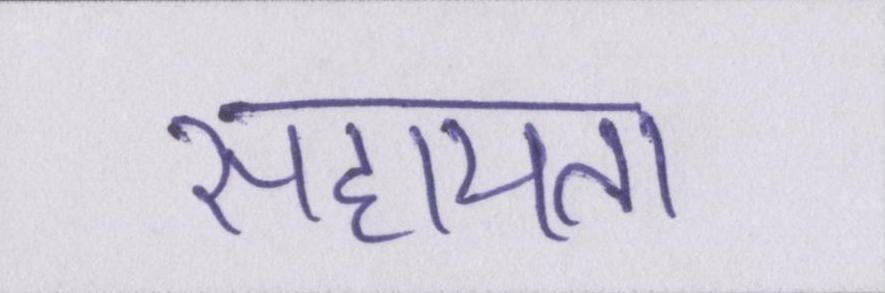
सहायता